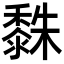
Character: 𪏿